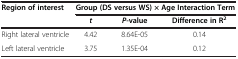
<table><thead><tr><td rowspan="2"><b>Region of interest</b></td><td colspan="3"><b>Group (DS versus WS) × Age Interaction Term</b></td></tr><tr><td><b><i>t</i></b></td><td><b><i>P</i>-value</b></td><td><b>Difference in R<sup>2</sup></b></td></tr></thead><tbody><tr><td>Right lateral ventricle</td><td>4.42</td><td>8.64E-05</td><td>0.14</td></tr><tr><td>Left lateral ventricle</td><td>3.75</td><td>1.35E-04</td><td>0.12</td></tr></tbody></table>